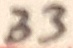
Text: 33